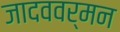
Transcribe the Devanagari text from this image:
जादववर्मन